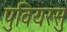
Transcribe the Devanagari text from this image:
पुवियरसु